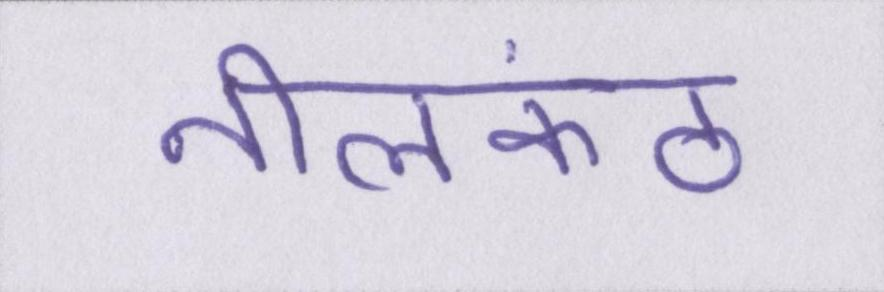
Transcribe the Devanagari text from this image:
नीलकंठ